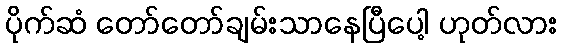
ပိုက်ဆံ တော်တော်ချမ်းသာနေပြီပေါ့ ဟုတ်လား